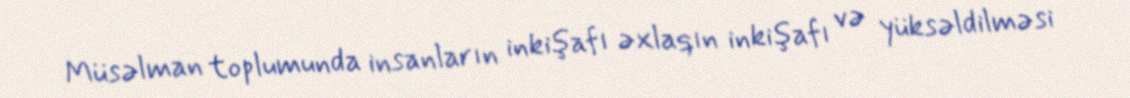
Müsəlman toplumunda insanların inkişafı əxlaqın inkişafı və yüksəldilməsi